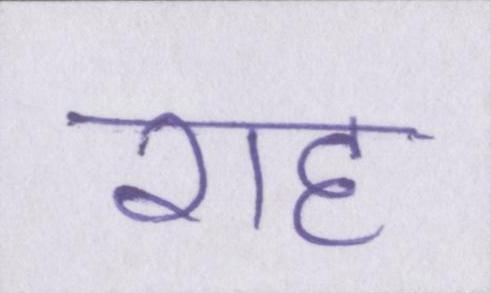
राह